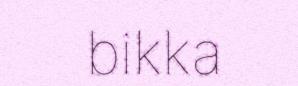
bikka